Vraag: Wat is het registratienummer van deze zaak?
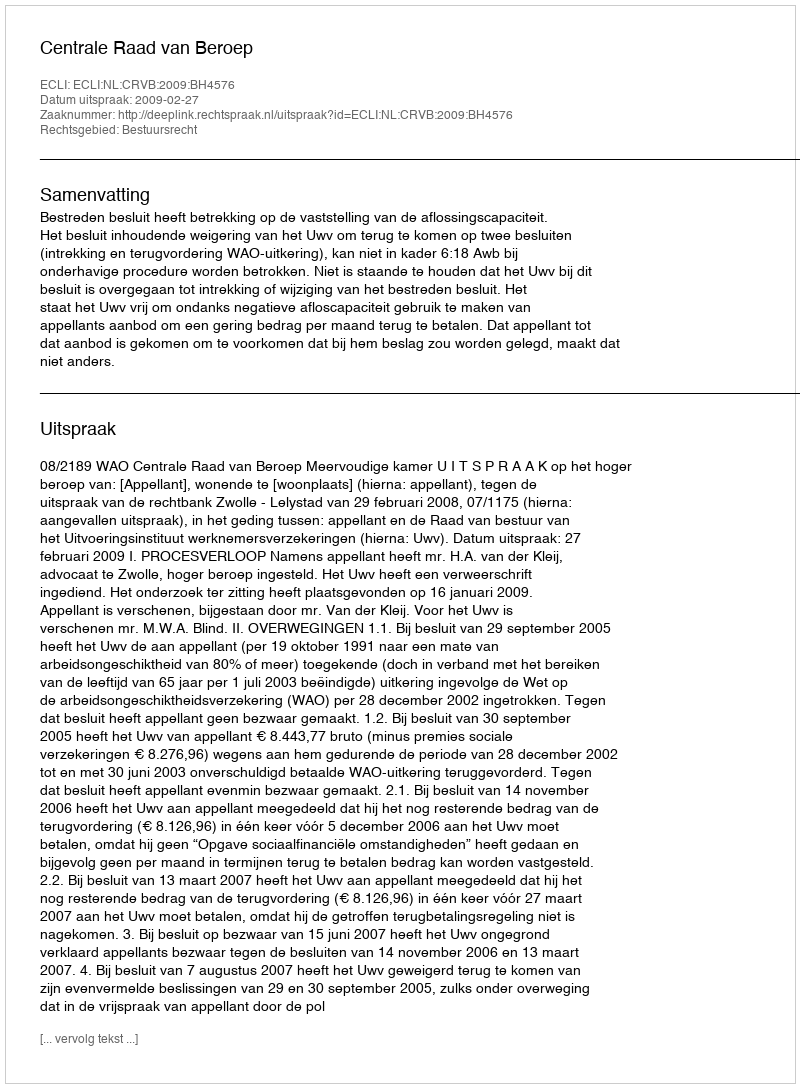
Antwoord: http://deeplink.rechtspraak.nl/uitspraak?id=ECLI:NL:CRVB:2009:BH4576